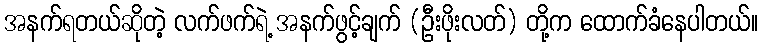
အနက်ရတယ်ဆိုတဲ့ လက်ဖက်ရဲ့ အနက်ဖွင့်ချက် (ဦးဖိုးလတ်) တို့က ထောက်ခံနေပါတယ်။